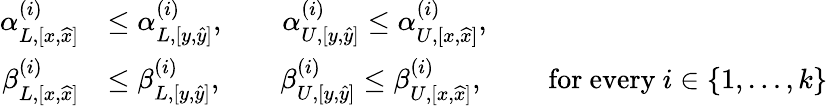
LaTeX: \begin{array}{rl}{\alpha_{L,[x,\widehat{x}]}^{(i)}}&{\le\alpha_{L,[y,\widehat{y}]}^{(i)},\qquad\alpha_{U,[y,\widehat{y}]}^{(i)}\le\alpha_{U,[x,\widehat{x}]}^{(i)},}\\ {\beta_{L,[x,\widehat{x}]}^{(i)}}&{\le\beta_{L,[y,\widehat{y}]}^{(i)},\qquad\beta_{U,[y,\widehat{y}]}^{(i)}\le\beta_{U,[x,\widehat{x}]}^{(i)},\qquad\mathrm{~for~every~}i\in\{ 1,\ldots,k\} }\end{array}